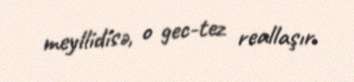
meyllidisə, o gec-tez reallaşır.